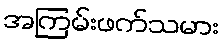
အကြမ်းဖက်သမား